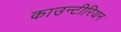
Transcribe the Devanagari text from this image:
काउन्टीरियन